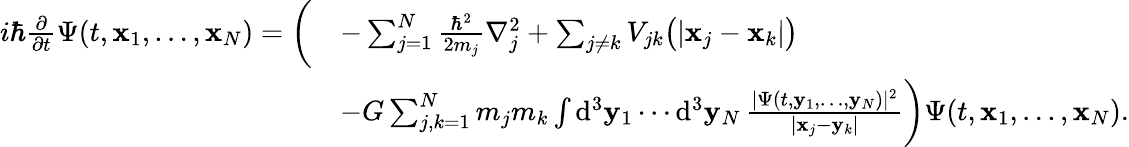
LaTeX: {\begin{array}{rl}{i\hbar{\frac{\partial}{\partial t}}\Psi(t,\mathbf{x}_{1},\dots,\mathbf{x}_{N})={\bigg(}}&{-\sum_{j=1}^{N}{\frac{\hbar^{2}}{2m_{j}}}\nabla_{j}^{2}+\sum_{j\neq k}V_{jk}{\big(}|\mathbf{x}_{j}-\mathbf{x}_{k}|{\big)}}\\ &{-G\sum_{j,k=1}^{N}m_{j}m_{k}\int\mathrm{d}^{3}\mathbf{y}_{1}\cdots\mathrm{d}^{3}\mathbf{y}_{N}\, {\frac{|\Psi(t,\mathbf{y}_{1},\dots,\mathbf{y}_{N})|^{2}}{|\mathbf{x}_{j}-\mathbf{y}_{k}|}}{\bigg)}\Psi(t,\mathbf{x}_{1},\dots,\mathbf{x}_{N}).}\end{array}}